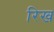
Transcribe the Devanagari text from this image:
रिख